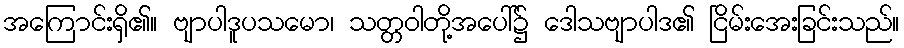
အကြောင်းရှိ၏။ ဗျာပါဒူပသမော၊ သတ္တဝါတို့အပေါ်၌ ဒေါသဗျာပါဒ၏ ငြိမ်းအေးခြင်းသည်။